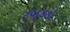
ટબૂકડો